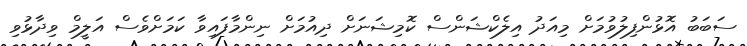
ސަބަބު އޮޅުންފިލުވުމަށް މިއަދު އިލެކްޝަންސް ކޮމިޝަނަށް ދިއުމަށް ނިންމާފައިވާ ކަމަށްވެސް އަލީމް ވިދާޅުވި